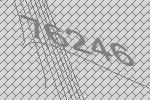
76246